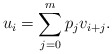
\begin{align*} u_i = \sum_{j=0}^m p_j v_{i+j}.\end{align*}